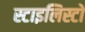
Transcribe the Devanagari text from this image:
स्टाइलिस्टों